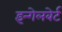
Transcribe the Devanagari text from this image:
इन्गेलबेर्ट